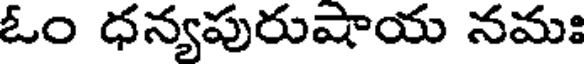
ఓం ధన్యపురుషాయ నమః